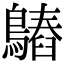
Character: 𪄻